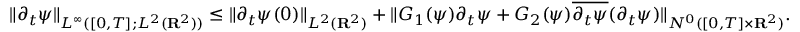
\| \partial _ { t } \psi \| _ { L ^ { \infty } ( [ 0 , T ] ; L ^ { 2 } ( { \mathbf R } ^ { 2 } ) ) } \leq \| \partial _ { t } \psi ( 0 ) \| _ { L ^ { 2 } ( { \mathbf R } ^ { 2 } ) } + \| G _ { 1 } ( \psi ) \partial _ { t } \psi + G _ { 2 } ( \psi ) \overline { { \partial _ { t } \psi } } ( \partial _ { t } \psi ) \| _ { N ^ { 0 } ( [ 0 , T ] \times { \mathbf R } ^ { 2 } ) } .